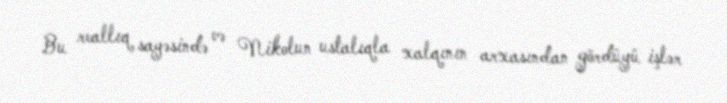
Bu reallıq sayəsində və Nikolun ustalıqla xalqının arxasından gördüyü işlər